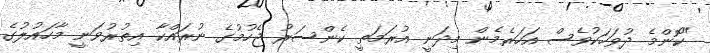
"ކޮންމެ ދުވަހަކުވެސް އަހަރެމެން މިދަނީ އުރަމަތީ ކެންސަރު ޖެހުމުގެ ނުރައްކާ އިތުރުވަނީ މާހައުލުގެ